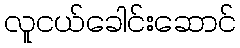
လူငယ်ခေါင်းဆောင်